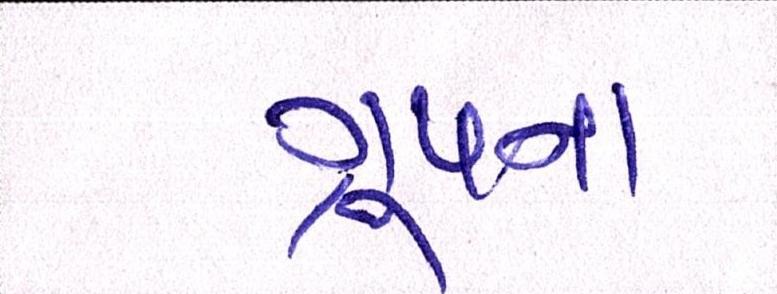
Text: ગ્રૂપના